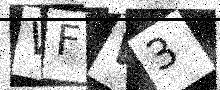
Text: WFW3